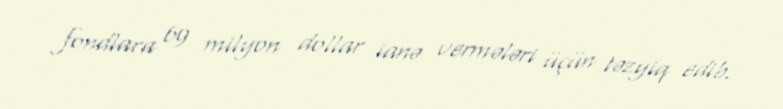
fondlara 69 milyon dollar ianə vermələri üçün təzyiq edib.